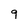
Character: 9